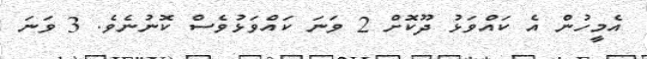
އެމީހުން އެ ކައްވަޅު ދޫކޮށް 2 ވަނަ ކައްވަޅުވެސް ކޮނުނެވެ. 3 ވަނަ